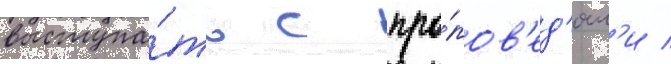
выступа́ть с про́пов'ед'ям'и /